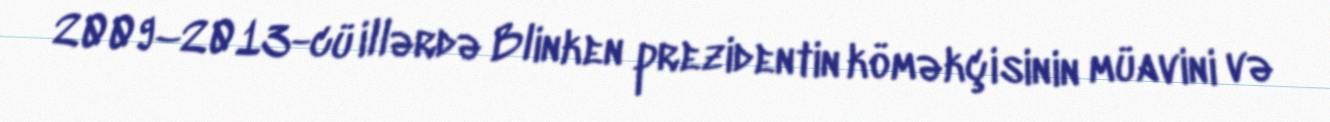
2009–2013-cü illərdə Blinken prezidentin köməkçisinin müavini və